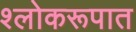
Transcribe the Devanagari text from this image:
श्लोकरूपात